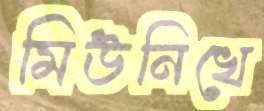
মিউনিখে